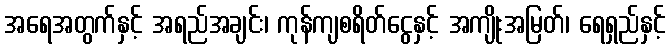
အရေအတွက်နှင့် အရည်အချင်း၊ ကုန်ကျစရိတ်ငွေနှင့် အကျိုးအမြတ်၊ ရေရှည်နှင့်